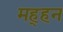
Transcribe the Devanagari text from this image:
मह्हन